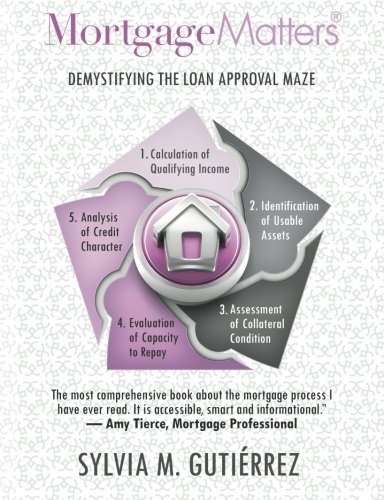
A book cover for Mortgage Matters: Demystifying the Loan Approval Maze; Sylvia M Gutierrez; Business & Money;